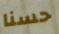
حسنا